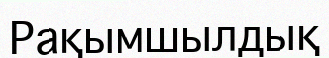
Рақымшылдық